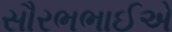
સૌરભભાઈએ